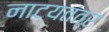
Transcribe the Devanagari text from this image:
नाट्यतंत्र